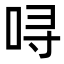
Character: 㖊